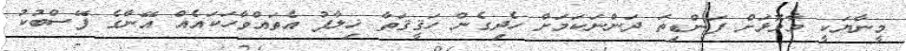
މީނާޔަކީ މާމޮޅަށް ފަންޑިތަ ދަންނަކަމަށް ހެދިގެން ހަޤީޤަތާ ޚިލާފު އެތައްވާހަކައެއް އޭނާގެ ފޭސްބުކު